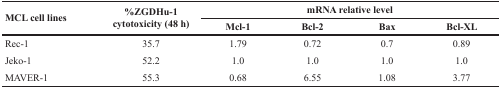
<table><thead><tr><td rowspan="2"><b>MCL cell lines</b></td><td rowspan="2"><b>%ZGDHu-1 cytotoxicity (48 h)</b></td><td colspan="4"><b>mRNA relative level</b></td></tr><tr><td><b>Mcl-1</b></td><td><b>Bcl-2</b></td><td><b>Bax</b></td><td><b>Bcl-XL</b></td></tr></thead><tbody><tr><td>Rec-1</td><td>35.7</td><td>1.79</td><td>0.72</td><td>0.7</td><td>0.89</td></tr><tr><td>Jeko-1</td><td>52.2</td><td>1.0</td><td>1.0</td><td>1.0</td><td>1.0</td></tr><tr><td>MAVER-1</td><td>55.3</td><td>0.68</td><td>6.55</td><td>1.08</td><td>3.77</td></tr></tbody></table>